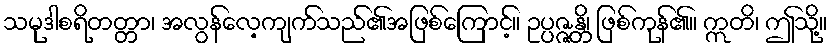
သမုဒါစရိတတ္တာ၊ အလွန်လေ့ကျက်သည်၏အဖြစ်ကြောင့်။ ဥပ္ပဇ္ဇန္တိ၊ ဖြစ်ကုန်၏။ ဣတိ၊ ဤသို့။